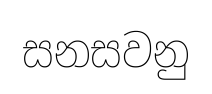
සනසවනු